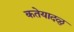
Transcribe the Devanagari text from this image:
कतेयादळु